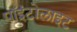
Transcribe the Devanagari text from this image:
पॉइंटोलाइट